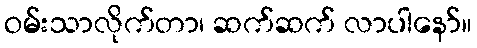
ဝမ်းသာလိုက်တာ၊ ဆက်ဆက် လာပါနော်။